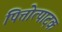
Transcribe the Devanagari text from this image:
पित्तोत्पादक